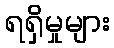
ရရှိမှုများ